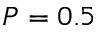
P = 0 . 5